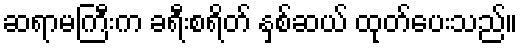
ဆရာမကြီးက ခရီးစရိတ် နှစ်ဆယ် ထုတ်ပေးသည်။